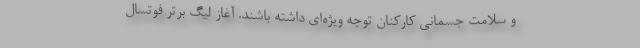
و سلامت جسمانی کارکنان توجه ویژه‌ای داشته باشند. آغاز لیگ برتر فوتسال